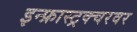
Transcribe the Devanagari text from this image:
इन्फ्रास्ट्रक्चरवर